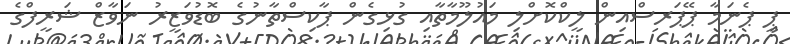
ޕީ ޕެނަމާ ޕޭޕަރސްއިން ލީކްކޮށްލި މައުލޫމާތާއި ގުޅިގެން ޕާކިސްތާނުގެ ބޮޑުވަޒީރު ނަވާޒް ޝަރީފްގެ